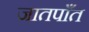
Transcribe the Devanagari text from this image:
जातपाँत